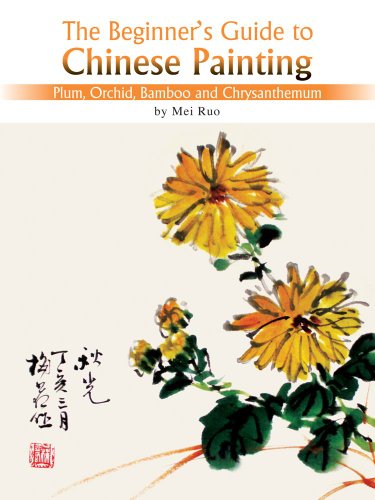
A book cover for Plum, Orchid, Bamboo and Chrysanthemum: The Beginner's Guide to Chinese Painting; Mei Ruo; Arts & Photography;